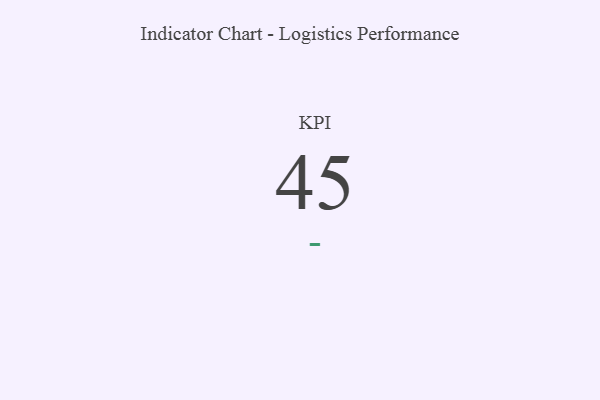
{"axis": {"x": "KPI", "y": "Value"}, "legend": [""], "data": [{"x": "KPI", "y": 45, "type": ""}]}